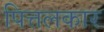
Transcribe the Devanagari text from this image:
पित्तलकार